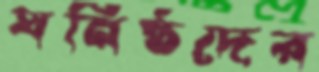
ঘনিষ্ঠদের